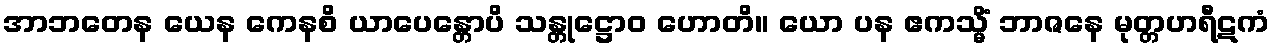
အာဘတေန ယေန ကေနစိ ယာပေန္တောပိ သန္တုဋ္ဌောဝ ဟောတိ။ ယော ပန ဧကသ္မိံ ဘာဇနေ မုတ္တဟရီဋကံ